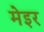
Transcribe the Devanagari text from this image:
मेइर